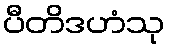
ပီတိဒဟံသု